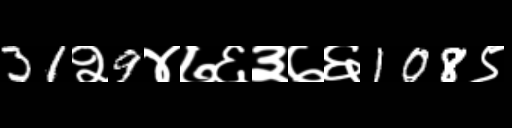
Text: 31२9४७६३७६108९